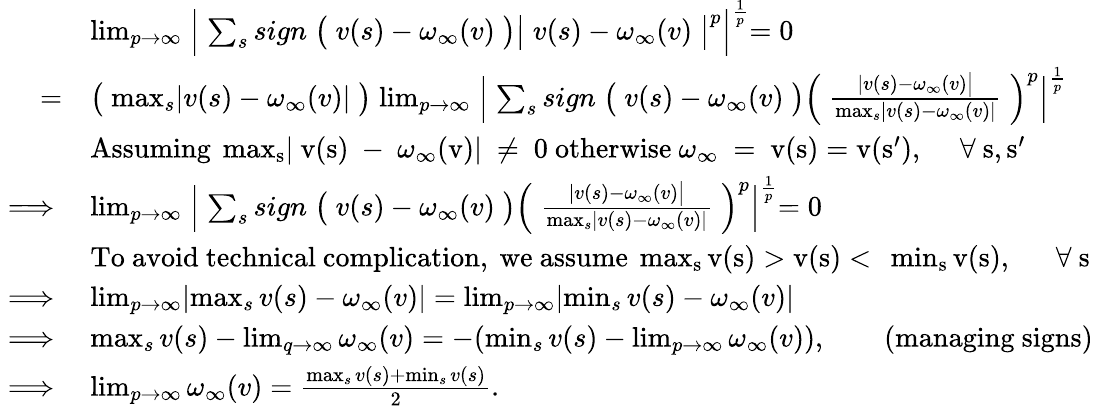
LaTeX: \begin{array}{rl}&{\operatorname*{lim}_{p\to\infty}\Bigm\lvert\sum_{s}sign\bigm(v(s)-\omega_{\infty}(v)\bigm)\bigm\lvert v(s)-\omega_{\infty}(v)\bigm\rvert^{p}\Bigm\rvert^{\frac{1}{p}}=0}\\ {=}&{\bigm(\operatorname*{max}_{s}\lvert v(s)-\omega_{\infty}(v)\rvert\bigm)\operatorname*{lim}_{p\to\infty}\Bigm\lvert\sum_{s}sign\bigm(v(s)-\omega_{\infty}(v)\bigm)\Bigm(\frac{\lvert v(s)-\omega_{\infty}(v)\bigm\rvert}{\operatorname*{max}_{s}\lvert v(s)-\omega_{\infty}(v)\rvert}\Bigm)^{p}\Bigm\rvert^{\frac{1}{p}}}\\ &{\mathrm{Assuming~\operatorname*{max}_{s}\lvert~v(s)~-~\omega_\infty(v)\rvert~\neq~0~otherwise~\omega_\infty~=~v(s)=v(s'),\quad~\forall~s,s'~}}\\ {\implies}&{\operatorname*{lim}_{p\to\infty}\Bigm\lvert\sum_{s}sign\bigm(v(s)-\omega_{\infty}(v)\bigm)\Bigm(\frac{\lvert v(s)-\omega_{\infty}(v)\bigm\rvert}{\operatorname*{max}_{s}\lvert v(s)-\omega_{\infty}(v)\rvert}\Bigm)^{p}\Bigm\rvert^{\frac{1}{p}}=0}\\ &{\mathrm{To~avoid~technical~complication,~we~assume~\operatorname*{max}_{s}v(s)>v(s)<~\operatorname*{min}_{s}v(s),~\quad~\forall~s~}}\\ {\implies}&{\operatorname*{lim}_{p\to\infty}\lvert\operatorname*{max}_{s}v(s)-\omega_{\infty}(v)\rvert=\operatorname*{lim}_{p\to\infty}\lvert\operatorname*{min}_{s}v(s)-\omega_{\infty}(v)\rvert}\\ {\implies}&{\operatorname*{max}_{s}v(s)-\operatorname*{lim}_{q\to\infty}\omega_{\infty}(v)=-(\operatorname*{min}_{s}v(s)-\operatorname*{lim}_{p\to\infty}\omega_{\infty}(v)),\qquad\mathrm{(managing~signs)}}\\ {\implies}&{\operatorname*{lim}_{p\to\infty}\omega_{\infty}(v)=\frac{\operatorname*{max}_{s}v(s)+\operatorname*{min}_{s}v(s)}{2}.}\end{array}